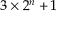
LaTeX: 3 \times 2 ^ { n } + 1